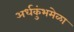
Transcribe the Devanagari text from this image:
अर्धकुंभमेळा